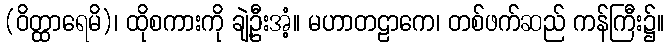
(ဝိတ္ထာရေမိ)၊ ထိုစကားကို ချဲ့ဦးအံ့။ မဟာတဠာကေ၊ တစ်ဖက်ဆည် ကန်ကြီး၌။